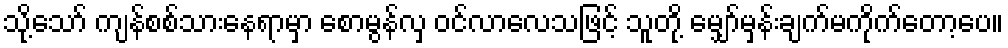
သို့သော် ကျန်စစ်သားနေရာမှာ စောမွန်လှ ဝင်လာလေသဖြင့် သူတို့ မျှော်မှန်းချက်မကိုက်တော့ပေ။